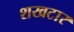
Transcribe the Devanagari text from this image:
शखटार